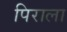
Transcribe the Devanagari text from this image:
पिराला